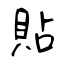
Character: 貼